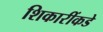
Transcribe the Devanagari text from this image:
शिकारींकडे